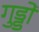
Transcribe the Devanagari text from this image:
गुड्डों